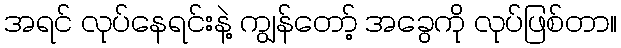
အရင် လုပ်နေရင်းနဲ့ ကျွန်တော့် အခွေကို လုပ်ဖြစ်တာ။